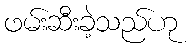
ဖမ်းဆီးခဲ့သည်ဟု